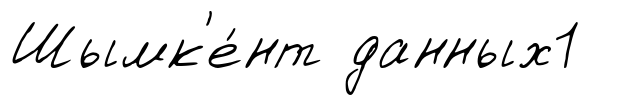
Шымк'е́нт данных1